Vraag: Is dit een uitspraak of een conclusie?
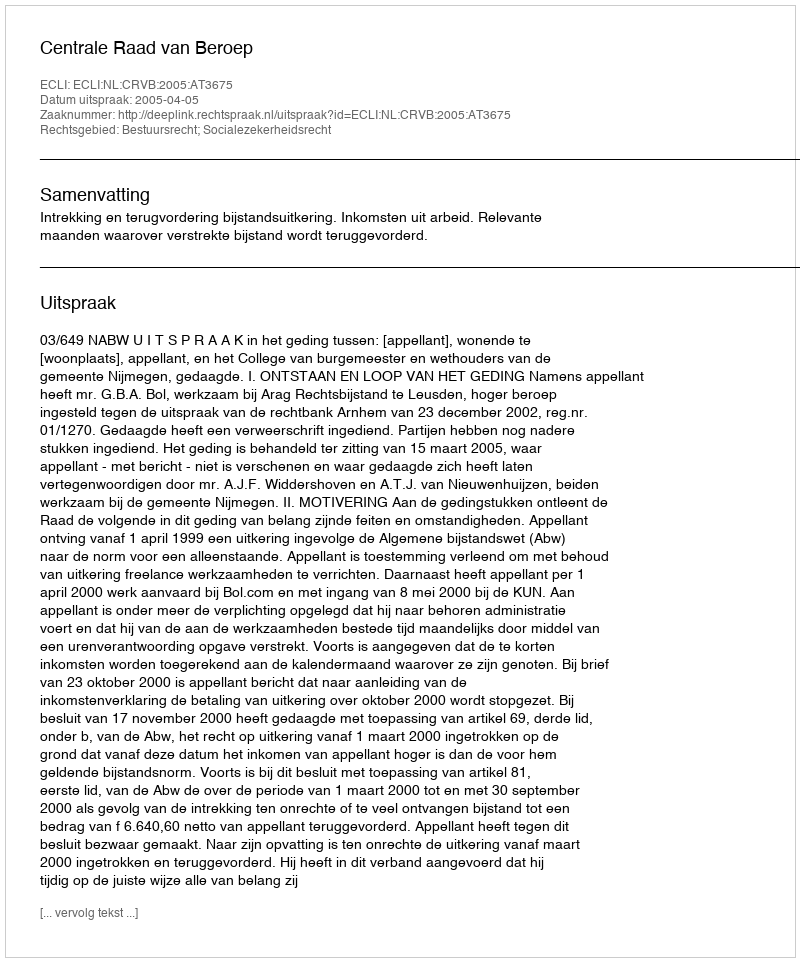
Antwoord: Uitspraak